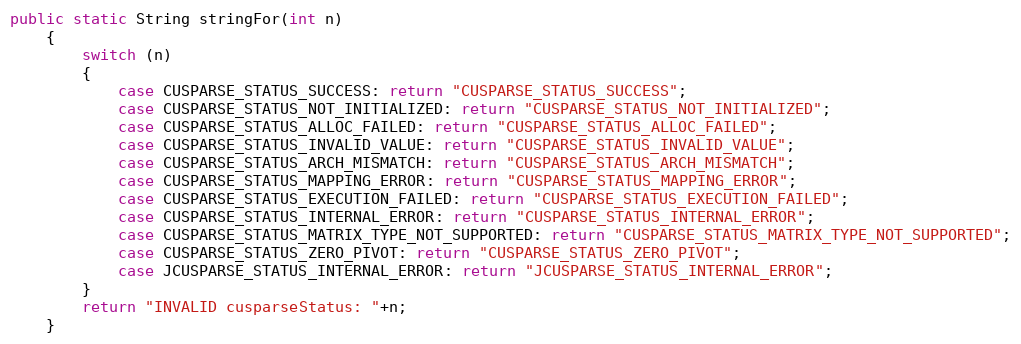
Language: Java
public static String stringFor(int n)
    {
        switch (n)
        {
            case CUSPARSE_STATUS_SUCCESS: return "CUSPARSE_STATUS_SUCCESS";
            case CUSPARSE_STATUS_NOT_INITIALIZED: return "CUSPARSE_STATUS_NOT_INITIALIZED";
            case CUSPARSE_STATUS_ALLOC_FAILED: return "CUSPARSE_STATUS_ALLOC_FAILED";
            case CUSPARSE_STATUS_INVALID_VALUE: return "CUSPARSE_STATUS_INVALID_VALUE";
            case CUSPARSE_STATUS_ARCH_MISMATCH: return "CUSPARSE_STATUS_ARCH_MISMATCH";
            case CUSPARSE_STATUS_MAPPING_ERROR: return "CUSPARSE_STATUS_MAPPING_ERROR";
            case CUSPARSE_STATUS_EXECUTION_FAILED: return "CUSPARSE_STATUS_EXECUTION_FAILED";
            case CUSPARSE_STATUS_INTERNAL_ERROR: return "CUSPARSE_STATUS_INTERNAL_ERROR";
            case CUSPARSE_STATUS_MATRIX_TYPE_NOT_SUPPORTED: return "CUSPARSE_STATUS_MATRIX_TYPE_NOT_SUPPORTED";
            case CUSPARSE_STATUS_ZERO_PIVOT: return "CUSPARSE_STATUS_ZERO_PIVOT";
            case JCUSPARSE_STATUS_INTERNAL_ERROR: return "JCUSPARSE_STATUS_INTERNAL_ERROR";
        }
        return "INVALID cusparseStatus: "+n;
    }